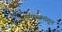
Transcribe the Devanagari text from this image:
वृत्तमाध्यमांतून